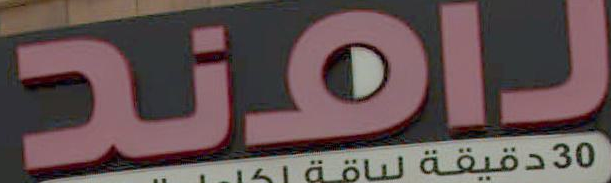
يافند